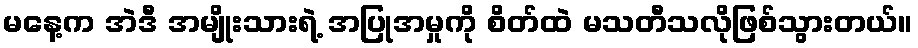
မနေ့က အဲဒီ အမျိုးသားရဲ့ အပြုအမှုကို စိတ်ထဲ မသတီသလိုဖြစ်သွားတယ်။